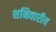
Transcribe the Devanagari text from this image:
शनिवारीय